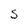
Character: S